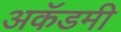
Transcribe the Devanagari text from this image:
अकॅडमी